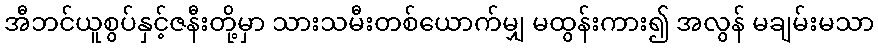
အီဘင်ယူစွပ်နှင့်ဇနီးတို့မှာ သားသမီးတစ်ယောက်မျှ မထွန်းကား၍ အလွန် မချမ်းမသာ